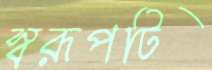
স্বরূপটি